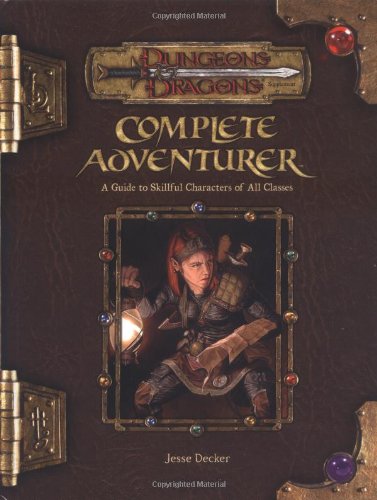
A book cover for Complete Adventurer: A Guide to Skillful Characters of All Classes (Dungeons & Dragons d20 3.5 Fantasy Roleplaying Supplement); Jesse Decker; Science Fiction & Fantasy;